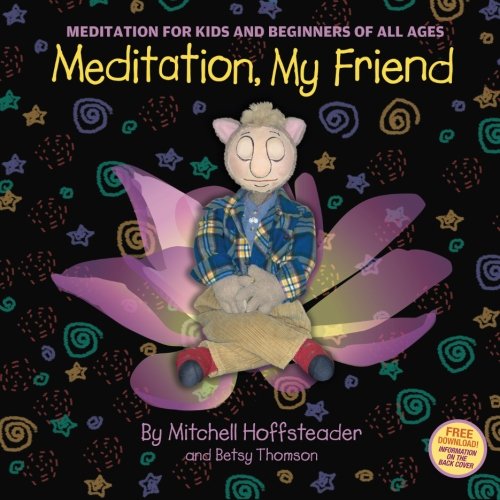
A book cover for Meditation, My Friend: Meditation for Kids and Beginners of all Ages; Betsy Thomson; Children's Books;